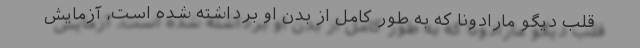
قلب دیگو مارادونا که به طور کامل از بدن او برداشته شده است، آزمایش